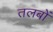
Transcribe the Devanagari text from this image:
तलबों